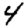
Digit: 4